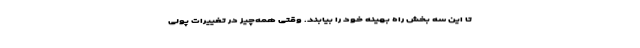
تا این سه بخش راه بهینه خود را بیابند. وقتی همه‌چیز در تغییرات پولی